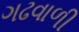
ગઢવાળી